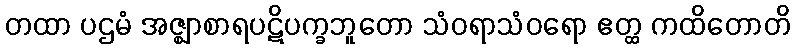
တထာ ပဌမံ အဇ္ဈာစာရပဋိပက္ခဘူတော သံဝရာသံဝရော ဧတ္ထ ကထိတောတိ